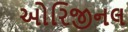
ઓરિજીનલ